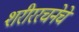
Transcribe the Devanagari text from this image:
शरीररचनेचे